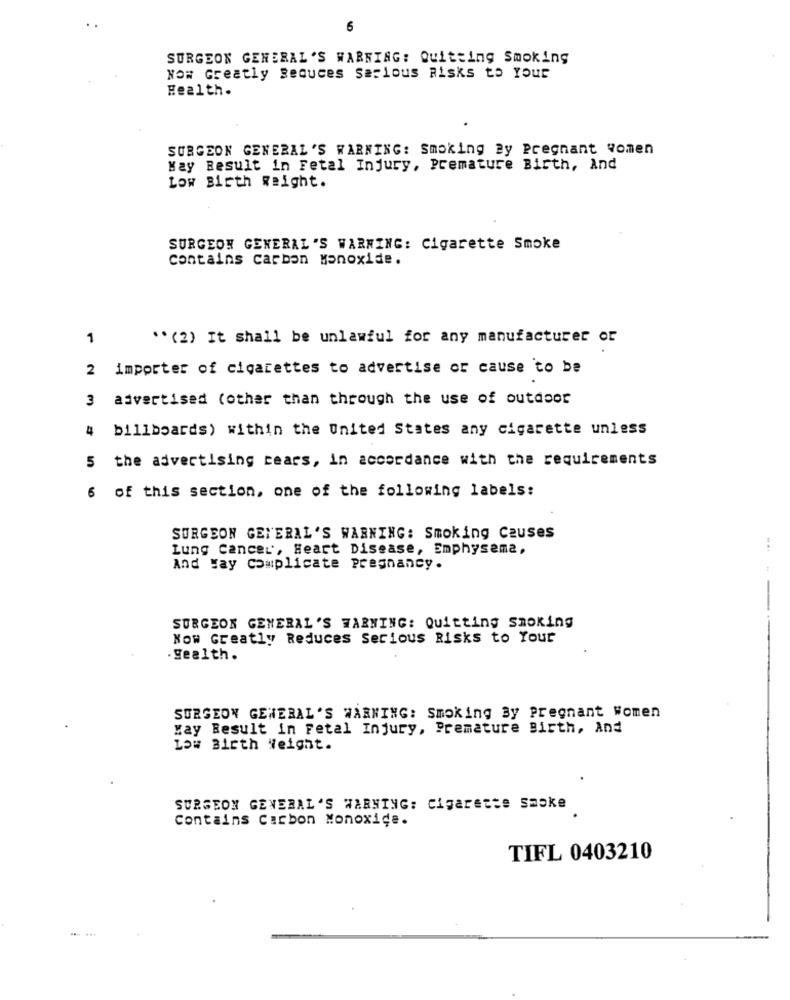
6
SURGEON GENERAL'S WARNING: Quitting Smoking
NO# Greatly Seduces Serious Risks to Your
Health.
SURGEON GENERAL'S WARNING: Smoking By Pregnant women
May Result in Fetal Injury, Premature Birth, And
Low Birth weight.
SURGEON GENERAL'S WARNING: Cigarette Smoke
contains carbon Monoxide.
1
** (2) It shall be unlawful for any manufacturer or
2 importer of cigarettes to advertise or cause to be
3 advertised (other than through the use of outdoor
4 billboards) within the United States any cigarette unless
5 the advertising cears, in accordance with the requirements
6 of this section, one of the following labels:
SURGEON GENERAL'S WARNING: Smoking Causes
Lung cancer, Heart Disease, Emphysema,
And Hay complicate Pregnancy.
SURGEON GENERAL'S WARNING: Quitting Smoking
Now Greatly Reduces Serious Risks to Your
Health.
SURGEON GENERAL'S WARNING: Smoking By Pregnant women
May Result in Fetal Injury, Premature Birth, And
Low Birth Weight.
.
SURGEON GENERAL'S WARNING: Cigarette smoke
Contains Carbon Monoxide.
TIFL 0403210